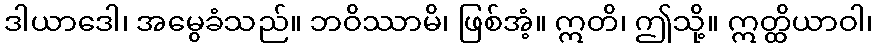
ဒါယာဒေါ၊ အမွေခံသည်။ ဘဝိဿာမိ၊ ဖြစ်အံ့။ ဣတိ၊ ဤသို့။ ဣတ္ထိယာဝါ၊